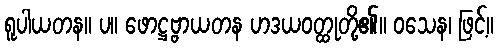
ရူပါယတန။ ပ။ ဖောဋ္ဌဗ္ဗာယတန ဟဒယဝတ္ထုတို့၏။ ဝသေန၊ ဖြင့်။